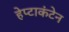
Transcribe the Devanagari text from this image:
हेप्टाकंटेन